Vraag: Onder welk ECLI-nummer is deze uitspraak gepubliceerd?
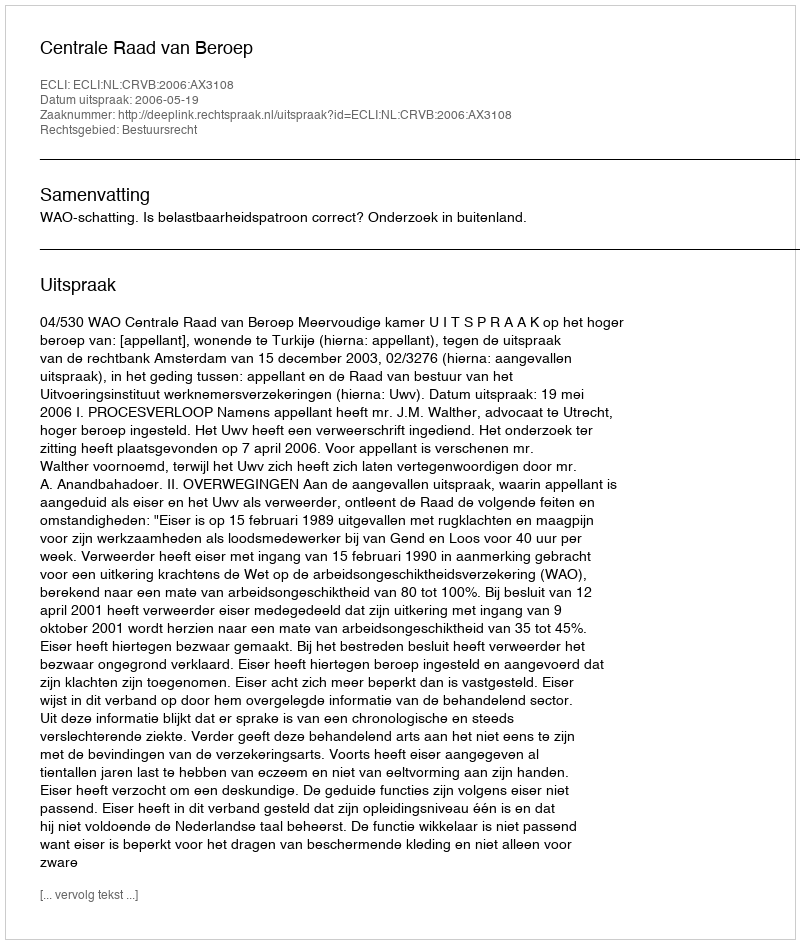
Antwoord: ECLI:NL:CRVB:2006:AX3108